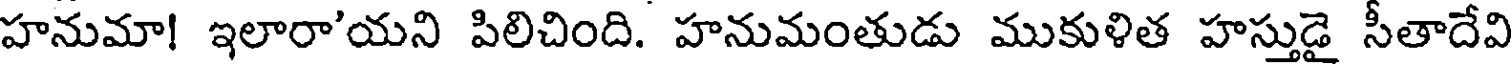
హనుమా! ఇలారా'యని పిలిచింది. హనుమంతుడు ముకుళిత హస్తుడై సీతాదేవి